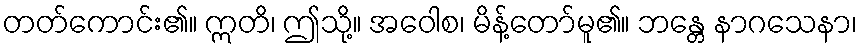
တတ်ကောင်း၏။ ဣတိ၊ ဤသို့။ အဝေါစ၊ မိန့်တော်မူ၏။ ဘန္တေ နာဂသေနာ၊